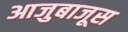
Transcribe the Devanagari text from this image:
आजुबाजूस